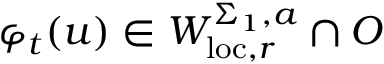
\varphi _ { t } ( u ) \in W _ { \mathrm { l o c } , r } ^ { \Sigma _ { 1 } , a } \cap O